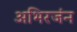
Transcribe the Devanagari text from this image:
अभिरजंन